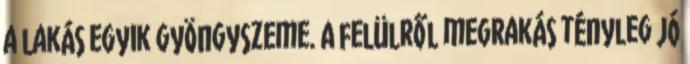
a lakás egyik gyöngyszeme. A felülről megrakás tényleg jó